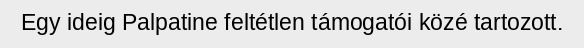
Egy ideig Palpatine feltétlen támogatói közé tartozott.